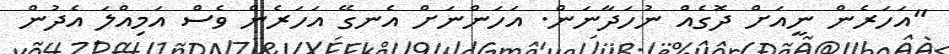
"އަހަރެން ނީއަށް ދޮގެއް ނުހަދާނަން. އަހަންނަށް އެނގޭ އަހަރެން ވެސް އަމިއްލަ އެދުން